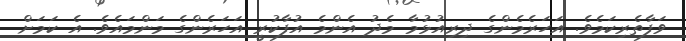
ވަފާތެރިކަމެވެ. އަހަރެމެންގެ ދިރިއުޅުމާ މެދު އެންމެ އުފާކުރީ އަހަރެންގެ މަންމައެވެ. އެ ކަމަށް